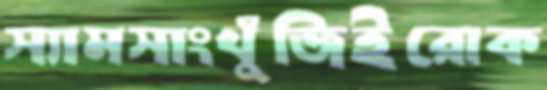
স্যামসাংখুঁজিইরোক